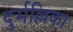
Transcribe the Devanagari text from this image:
दुर्मल्लिका